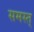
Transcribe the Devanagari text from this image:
समस्त्